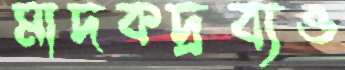
মাদকদ্রব্যও